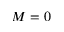
M = 0